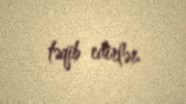
təqib edirlər.